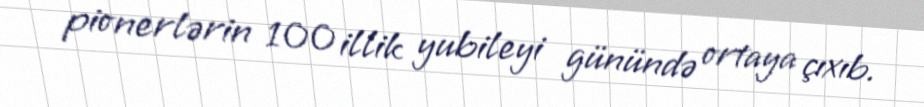
pionerlərin 100 illik yubileyi günündə ortaya çıxıb.